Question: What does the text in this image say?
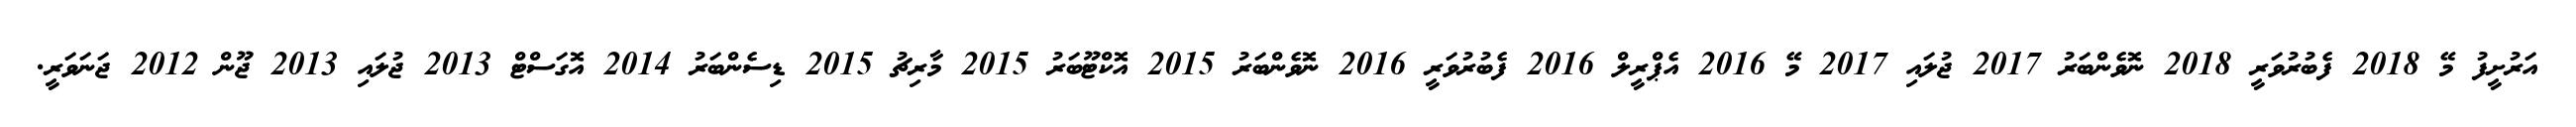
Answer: އަރުށީފު މޭ 2018 ފެބުރުވަރީ 2018 ނޮވެންބަރު 2017 ޖުލައި 2017 މޭ 2016 އެޕްރީލް 2016 ފެބުރުވަރީ 2016 ނޮވެންބަރު 2015 އޮކްޓޫބަރު 2015 މާރިޗު 2015 ޑިސެންބަރު 2014 އޮގަސްޓް 2013 ޖުލައި 2013 ޖޫން 2012 ޖަނަވަރީ.